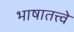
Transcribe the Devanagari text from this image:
भाषातत्त्वे